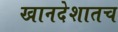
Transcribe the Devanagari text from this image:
खानदेशातच